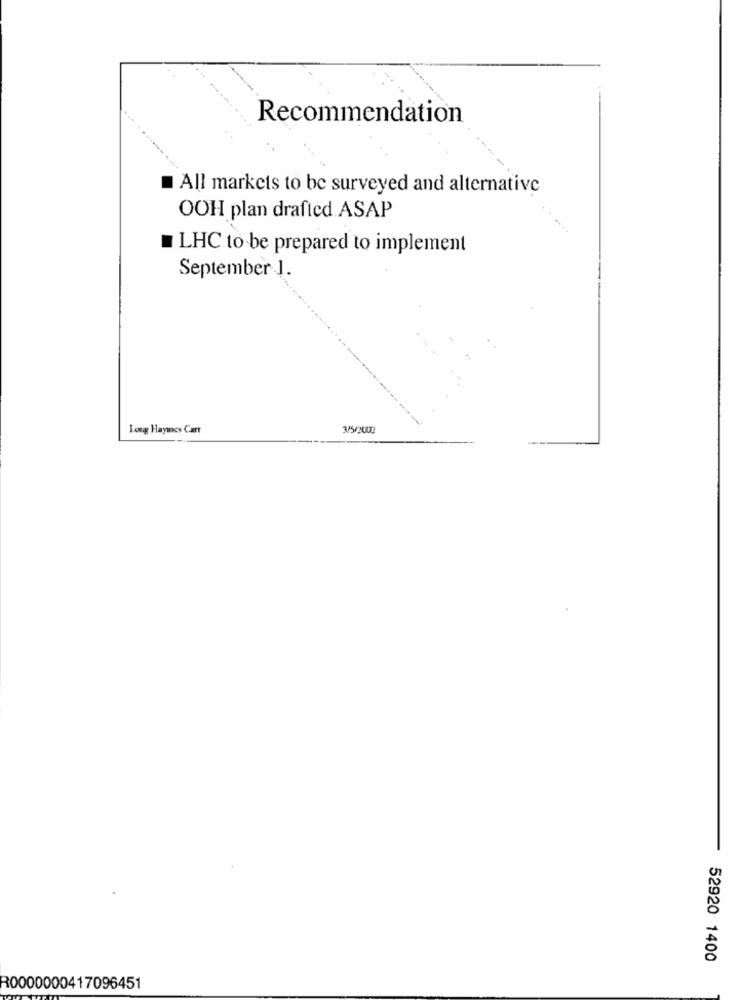
Recommendation
All markets to be surveyed and alternative
OOH plan drafted ASAP
LHC to be prepared to implement
September 1.
Long Haynes Cart
3/5/2002
52920 1400
R0000000417096451